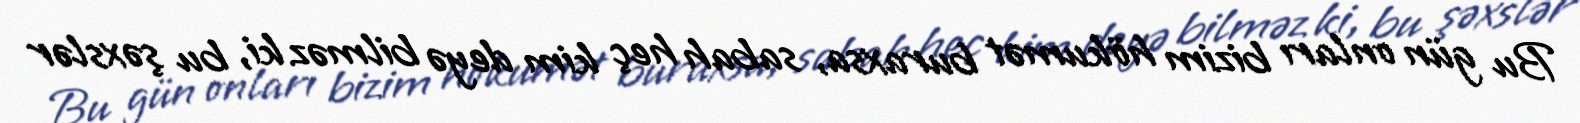
Bu gün onları bizim hökumət buraxsa, sabah heç kim deyə bilməz ki, bu şəxslər